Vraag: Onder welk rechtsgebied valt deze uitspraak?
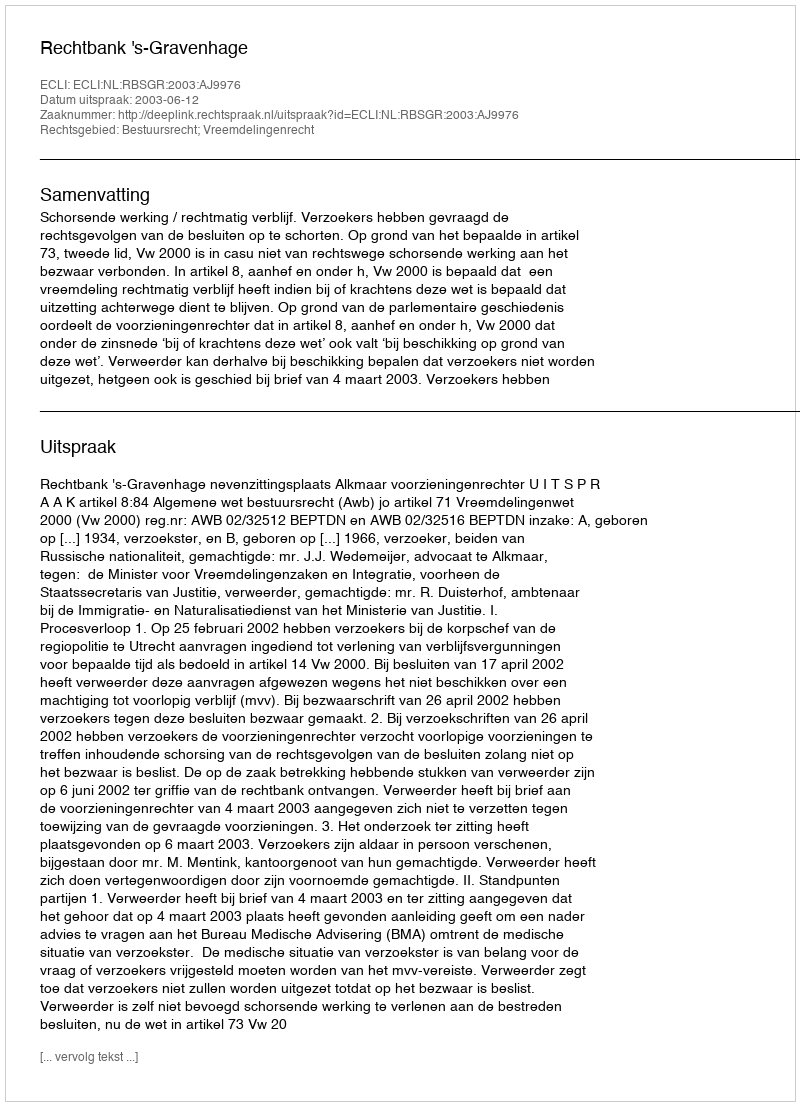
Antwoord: Bestuursrecht; Vreemdelingenrecht